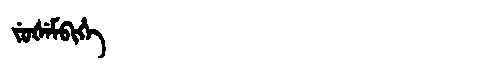
Manchu: ᠵᡠᡧᡝᠮᠪᡳᡥᡝ
Romanization: JUŠEMBIHE